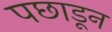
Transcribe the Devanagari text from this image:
पछाडून